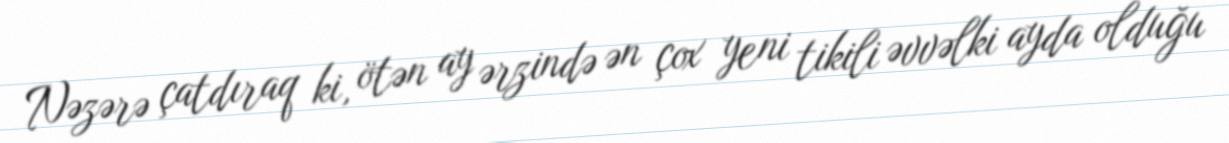
Nəzərə çatdıraq ki, ötən ay ərzində ən çox yeni tikili əvvəlki ayda olduğu